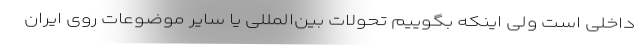
داخلی است ولی اینکه بگوییم تحولات بین‌المللی یا سایر موضوعات روی ایران